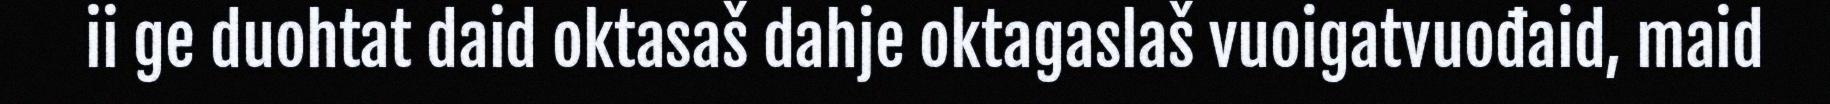
ii ge duohtat daid oktasaš dahje oktagaslaš vuoigatvuođaid, maid